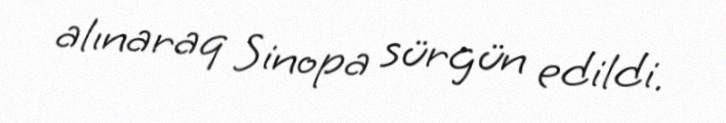
alınaraq Sinopa sürgün edildi.